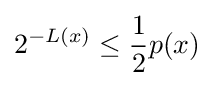
2^{-L(x)}\leq {\frac {1}{2}}p(x)